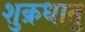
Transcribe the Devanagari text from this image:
शुक्रधातु